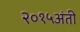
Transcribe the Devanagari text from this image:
२०१५अंती